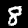
Label: 8